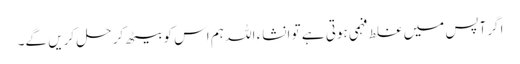
ا گرآپس میں غلط فہمی ہوتی ہے تو انشاء اللہ ہم اس کو بیٹھ کر حل کریں گے۔